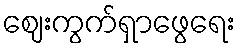
ဈေးကွက်ရှာဖွေရေး